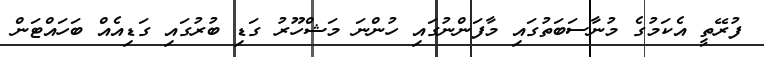
ފުރޭތީ އެކަމުގެ މުނާސަބަތުގައި މާފަންނުގައި ހުންނަ މަޝްހޫރު ގަޑި ބުރުގައި ގަޑިއެއް ބަހައްޓަން